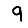
Digit: 9